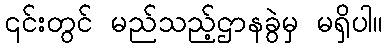
၎င်းတွင် မည်သည့်ဌာနခွဲမှ မရှိပါ။